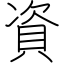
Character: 資